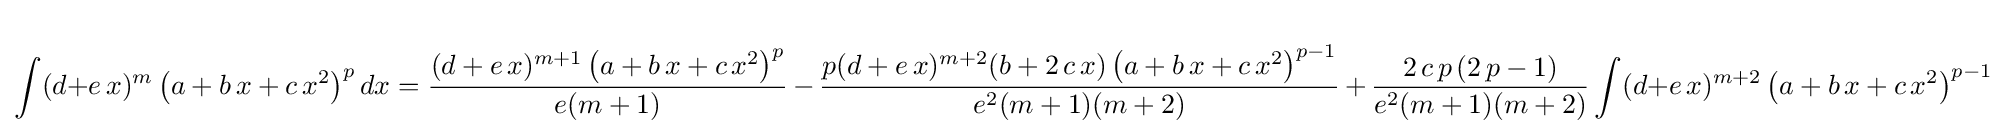
\int (d+e\,x)^{m}\left(a+b\,x+c\,x^{2}\right)^{p}dx={\frac {(d+e\,x)^{m+1}\left(a+b\,x+c\,x^{2}\right)^{p}}{e(m+1)}}\,-\,{\frac {p(d+e\,x)^{m+2}(b+2\,c\,x)\left(a+b\,x+c\,x^{2}\right)^{p-1}}{e^{2}(m+1)(m+2)}}\,+\,{\frac {2\,c\,p\,(2\,p-1)}{e^{2}(m+1)(m+2)}}\int (d+e\,x)^{m+2}\left(a+b\,x+c\,x^{2}\right)^{p-1}dx